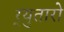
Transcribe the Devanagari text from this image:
र्‍युतारो